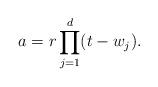
LaTeX: \begin{align*}a=r \prod _{j=1}^d (t-w_j).\end{align*}